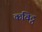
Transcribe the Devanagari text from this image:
कविट्ठ